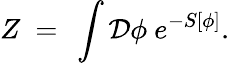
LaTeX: Z\ =\ \int\mathcal{D}\phi\ e^{-S[\phi]}.